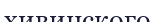
хивинского